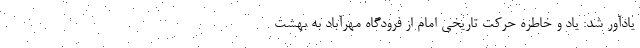
یادآور شد: یاد و خاطره حرکت تاریخی امام از فرودگاه مهرآباد به بهشت